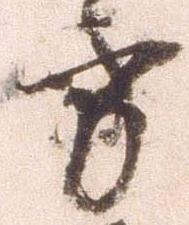
方